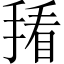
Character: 𪮒